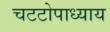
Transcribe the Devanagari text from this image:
चटटोपाध्याय